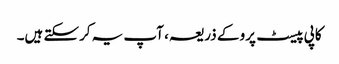
کاپی پیسٹ پرو کے ذریعہ ، آپ یہ کرسکتے ہیں۔